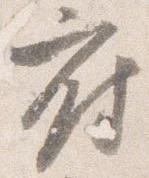
府